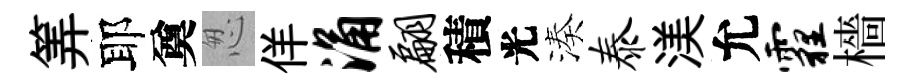
筭耶奠怱佯涌翩積光湊泰渼允霾檣